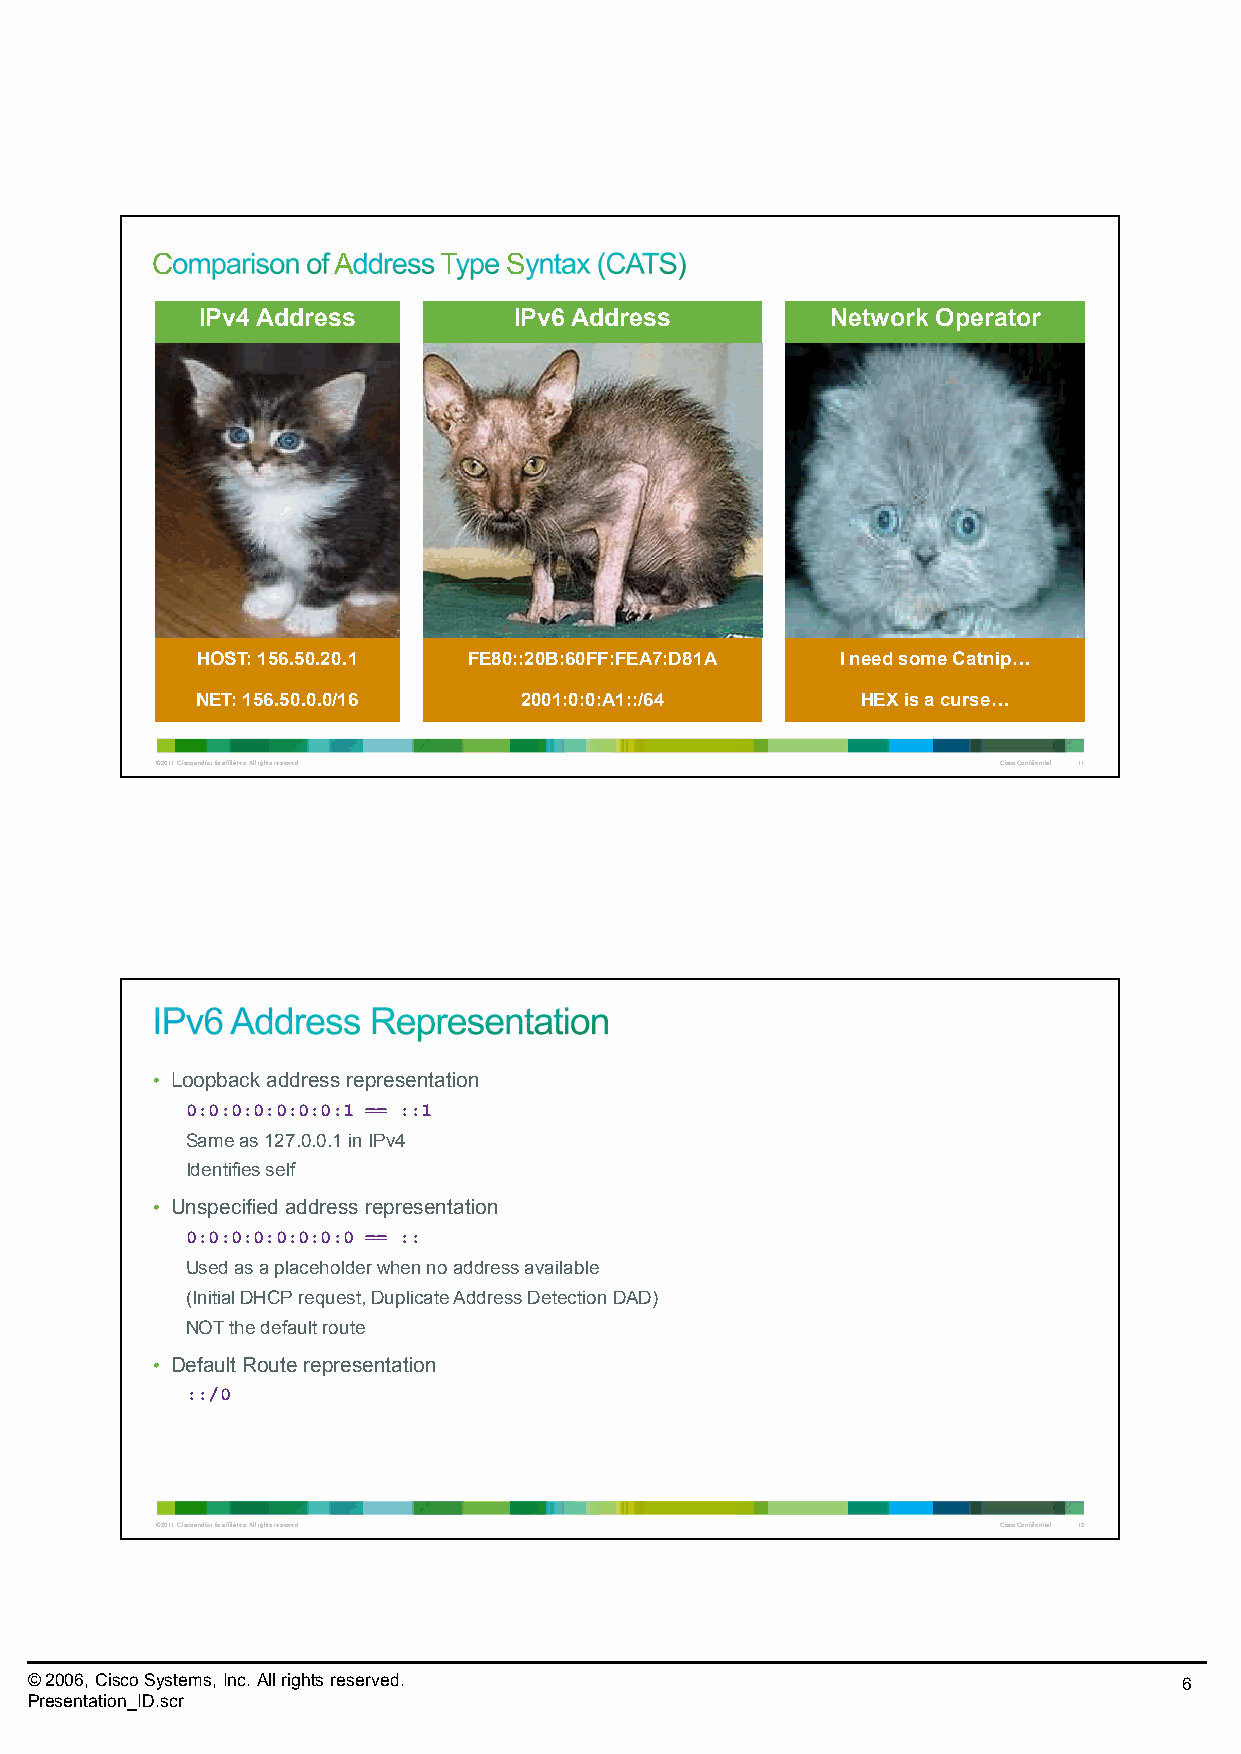
C           A      T    S
 IPv4 Address         IPv6 Address         Network Operator
 HOST: 156.50.20.1 FE80::20B:60FF:FEA7:D81A I need some Catnip3
 NET: 156.50.0.0/16   2001:0:0:A1::/64       HEX is a curse3
 © 2011 Cisco and/or its affiliates. All rights reserved. Cisco Confidential 11
 • Loopback address representation
 0:0:0:0:0:0:0:1 == ::1
 Same as 127.0.0.1 in IPv4
 Identifies self
 • Unspecified address representation
 0:0:0:0:0:0:0:0 == ::
 Used as a placeholder when no address available
 (Initial DHCPrequest, Duplicate Address Detection DAD)
 NOT the default route
 • Default Route representation
 ::/0
 © 2011 Cisco and/or its affiliates. All rights reserved. Cisco Confidential 12
 © 2006, Cisco Systems, Inc. All rights reserved.                            6
 Presentation_ID.scr